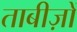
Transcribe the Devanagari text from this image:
ताबीज़ों